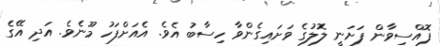
ފޮއްސިވާން ފަށަނީ ލޮލުގެ ވަށައިގެންވާ ހިސާބު އެވެ. އެއަށްފަހު މޫނެވެ. އަދި އޭގެ